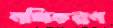
নথিকরণ